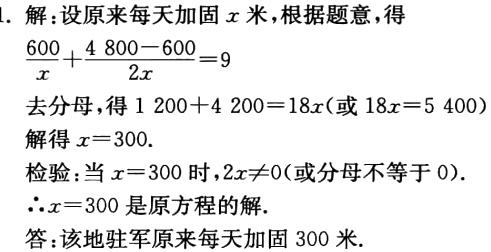
1. 解：设原来每天加固\(x\)米，根据题意，得
\(\frac{600}{x}+\frac{4800 - 600}{2x}=9\)
去分母，得\(1200 + 4200 = 18x\)（或\(18x = 5400\)）
解得\(x = 300\).
检验：当\(x = 300\)时，\(2x\neq0\)（或分母不等于\(0\)）.
\(\therefore x = 300\)是原方程的解.
答：该地驻军原来每天加固\(300\)米.